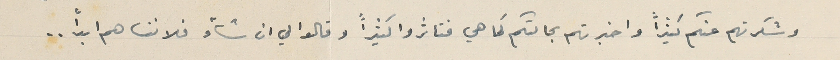
وشكرتهم عنكم كثيراً واخبرتهم بحالتكم كما هي فتاثروا كثيراً وقالوا لي ان شاء فلا ننساهم ابداً ..